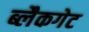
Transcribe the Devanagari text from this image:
ब्लैकगेट